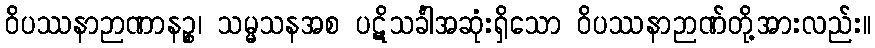
ဝိပဿနာဉာဏာနဉ္စ၊ သမ္မသနအစ ပဋိသင်္ခါအဆုံးရှိသော ဝိပဿနာဉာဏ်တို့အားလည်း။